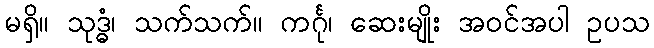
မရှိ။ သုဒ္ဓံ၊ သက်သက်။ ကင်္ဂု၊ ဆေးမျိုး အဝင်အပါ ဥပသ